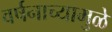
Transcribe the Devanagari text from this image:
वर्षनाच्यामुळे